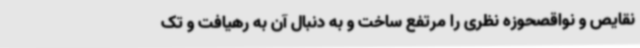
نقایص و نواقصحوزه نظری را مرتفع ساخت و به دنبال آن به رهیافت و تک